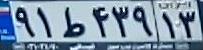
۹۱ط۴۳۹۱۳